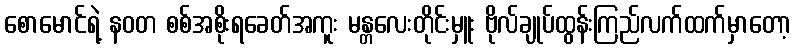
စောမောင်ရဲ့ နဝတ စစ်အစိုးရခေတ်အကူး မန္တလေးတိုင်းမှူး ဗိုလ်ချုပ်ထွန်းကြည်လက်ထက်မှာတော့